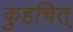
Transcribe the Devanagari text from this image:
कुहचित्